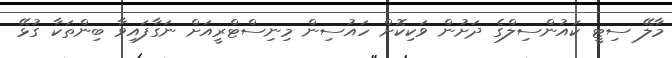
މާލޭ ސިޓީ ކައުންސިލްގެ ދަށުން ވަކިކޮށް ހައުސިން މިނިސްޓްރީއަށް ނަގާފައިވާ ބިންތަކާ ގުޅޭ